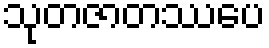
သုတဇာတဿပေ